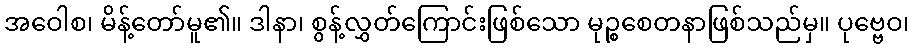
အဝေါစ၊ မိန့်တော်မူ၏။ ဒါနာ၊ စွန့်လွှတ်ကြောင်းဖြစ်သော မုဉ္စစေတနာဖြစ်သည်မှ။ ပုဗ္ဗေဝ၊